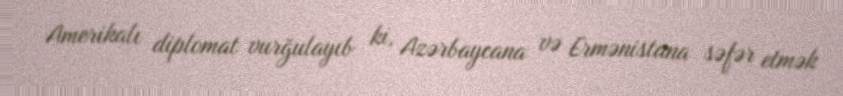
Amerikalı diplomat vurğulayıb ki, Azərbaycana və Ermənistana səfər etmək